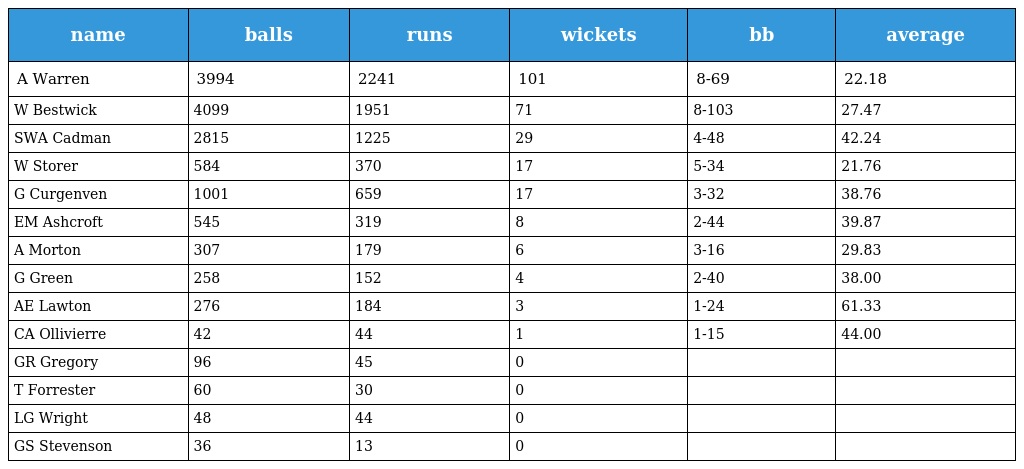
| name | balls | runs | wickets | bb | average |
 | --- | --- | --- | --- | --- | --- |
 | A Warren | 3994 | 2241 | 101 | 8-69 | 22.18 |
 | W Bestwick | 4099 | 1951 | 71 | 8-103 | 27.47 |
 | SWA Cadman | 2815 | 1225 | 29 | 4-48 | 42.24 |
 | W Storer | 584 | 370 | 17 | 5-34 | 21.76 |
 | G Curgenven | 1001 | 659 | 17 | 3-32 | 38.76 |
 | EM Ashcroft | 545 | 319 | 8 | 2-44 | 39.87 |
 | A Morton | 307 | 179 | 6 | 3-16 | 29.83 |
 | G Green | 258 | 152 | 4 | 2-40 | 38.00 |
 | AE Lawton | 276 | 184 | 3 | 1-24 | 61.33 |
 | CA Ollivierre | 42 | 44 | 1 | 1-15 | 44.00 |
 | GR Gregory | 96 | 45 | 0 |  |  |
 | T Forrester | 60 | 30 | 0 |  |  |
 | LG Wright | 48 | 44 | 0 |  |  |
 | GS Stevenson | 36 | 13 | 0 |  |  |